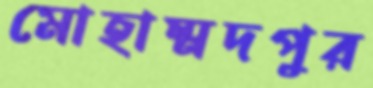
মোহাম্মদপুর